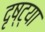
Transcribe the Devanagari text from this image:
दृष्‍ट्या